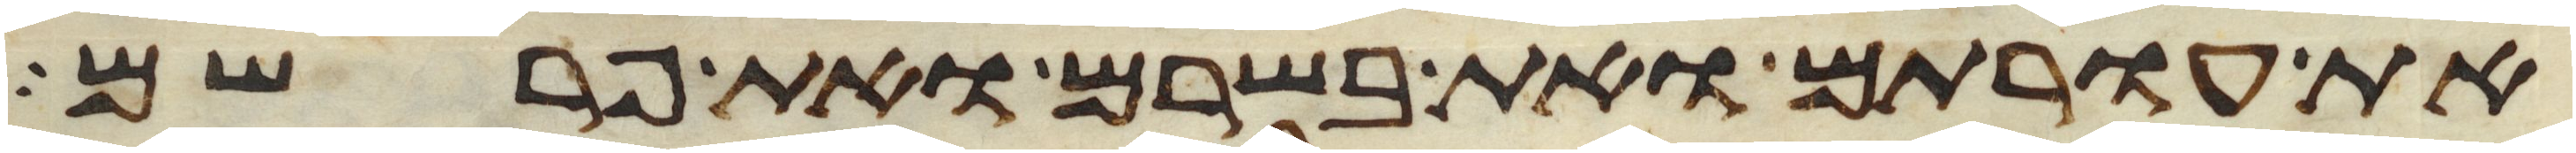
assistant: את עורתם ואת בשרם ואת פרשם